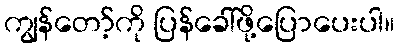
ကျွန်တော့်ကို ပြန်ခေါ်ဖို့ပြောပေးပါ။